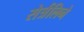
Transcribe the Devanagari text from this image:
सेर्त्रलिने